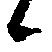
候